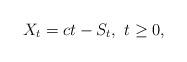
LaTeX: \begin{align*}X_t=ct-S_t, \,\,t\geq 0,\end{align*}